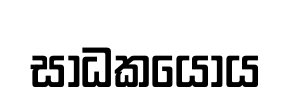
සාධකයෝය